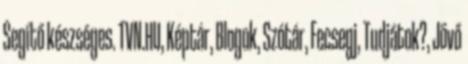
Segítő készséges. TVN.HU, Képtár, Blogok, Szótár, Fecsegj, Tudjátok?, Jövő